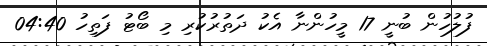
ފުލުހުން ބުނީ 17 މީހުންނާ އެކު ދަތުރުކުރި މި ބޯޓު ފަތިހު 04:40